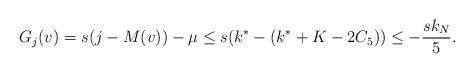
LaTeX: \begin{align*}G_j(v) = s(j - M(v)) - \mu \leq s(k^* - (k^* + K - 2C_5)) \leq - \frac{sk_N}{5}.\end{align*}